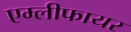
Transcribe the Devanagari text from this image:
एम्लीफायर